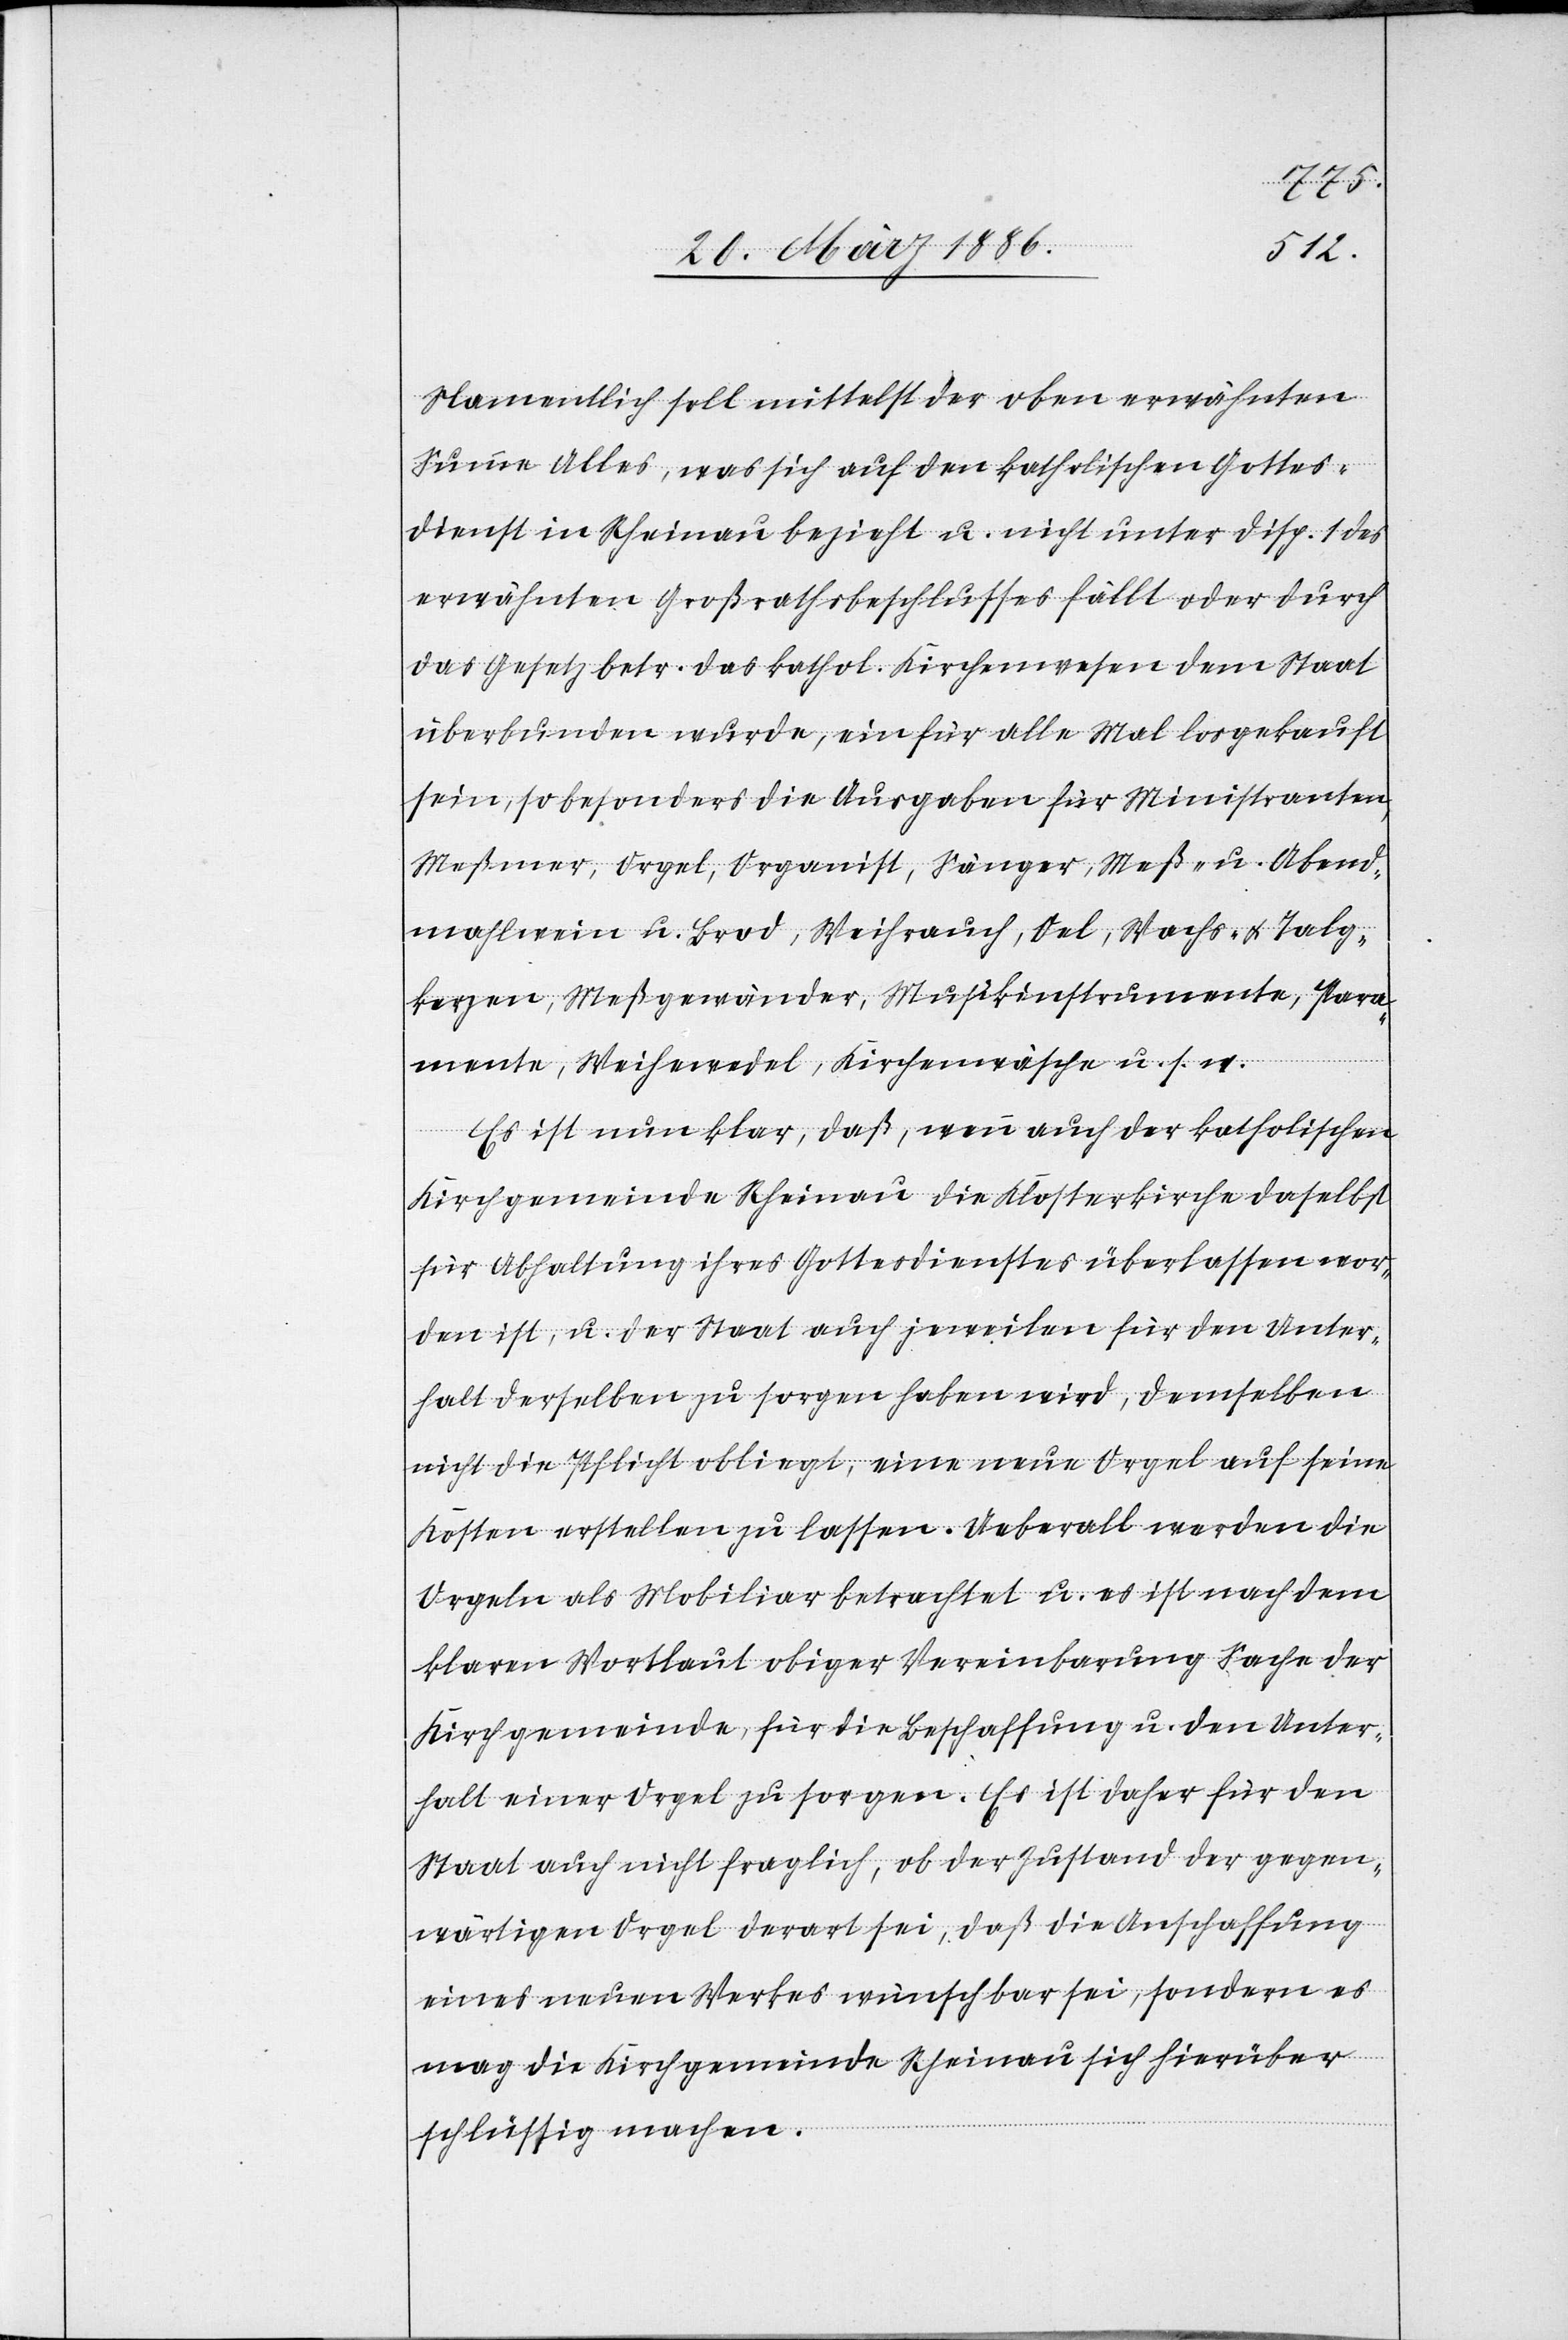
Namentlich soll mittelst der oben erwähnten
Summe Alles, was sich auf den katholischen Gottes¬
dienst in Rheinau bezieht u. nicht unter Disp. 1 des
erwähnten Großrathsbeschlusses fällt oder durch
das Gesetz betr. das kathol. Kirchenwesen dem Staat
überbunden wurde, ein für alle Mal losgekauft
sein, so besonders die Ausgaben für Ministranten,
Meßmer, Orgel, Organist, Sänger, Meß- u. Abens¬
mahlwein u. Brod, Weihrauch, Oel, Wachs- & Talg¬
kerzen, Meßgewänder, Musikinstrumente, Para¬
mente, Weiwedel, Kirchenwäsche u. s. w.
Es ist nun klar, daß, wenn auch der katholischen
Kirchgemeinde Rheinau die Klosterkirche daselbst
für Abhaltung ihres Gottesdienstes überlassen wor¬
den ist, u. der Staat auch jeweilen für den Unter¬
halt derselben zu sorgen haben wird, demselben
nicht die Pflicht obliegt, eine neue Orgel auf seine
Kosten erstellen zu lassen. Ueberall werden die
Orgeln als Mobiliar betrachtet u. es ist nach dem
klaren Wortlaut obiger Vereinbarung Sache der
Kirchgemeinde, für die Beschaffung u. den Unter¬
halt einer Orgel zu sorgen. Es ist daher für den
Staat auch nicht fraglich, ob der Zustand der gegen¬
wärtigen Orgel derart sei, daß die Anschaffung
eines neuen Werkes wünschbar sei, sondern es
mag die Kirchgemeinde Rheinau sich hierüber
schlüssig machen.